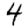
Digit: 4